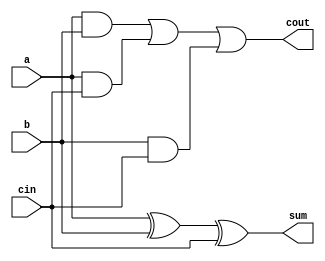
module full_adder(a,b,cin,cout,sum);

input a,b,cin;
output cout,sum;

assign #1 cout = ((a&b) | (a&cin) | (b&cin));
assign #1 sum = a^b^cin;

endmodule // full_adder1